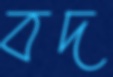
বদ